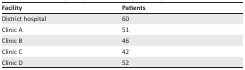
<table><thead><tr><td><b>Facility</b></td><td><b>Patients</b></td></tr></thead><tbody><tr><td>District hospital</td><td>60</td></tr><tr><td>Clinic A</td><td>51</td></tr><tr><td>Clinic B</td><td>46</td></tr><tr><td>Clinic C</td><td>42</td></tr><tr><td>Clinic D</td><td>52</td></tr></tbody></table>